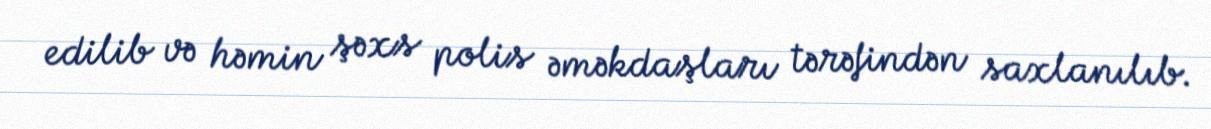
edilib və həmin şəxs polis əməkdaşları tərəfindən saxlanılıb.